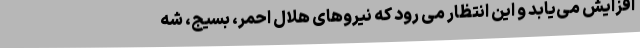
افزایش می‌یابد و این انتظار می رود که نیروهای هلال احمر، بسیج، شه